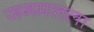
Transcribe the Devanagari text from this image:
जगमलला